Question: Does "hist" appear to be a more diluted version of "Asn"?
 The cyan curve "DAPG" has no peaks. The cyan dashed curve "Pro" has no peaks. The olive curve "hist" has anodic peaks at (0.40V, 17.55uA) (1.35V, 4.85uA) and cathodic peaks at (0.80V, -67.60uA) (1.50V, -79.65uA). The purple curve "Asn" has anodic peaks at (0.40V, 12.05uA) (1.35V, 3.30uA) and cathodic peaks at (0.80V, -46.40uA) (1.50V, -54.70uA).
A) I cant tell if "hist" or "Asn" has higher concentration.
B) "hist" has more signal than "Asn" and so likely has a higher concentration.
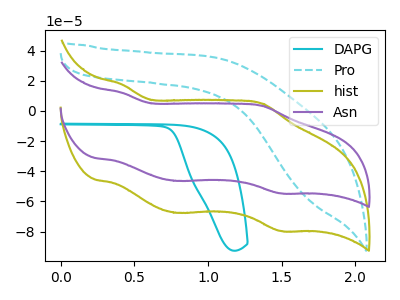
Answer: <think>All the peaks in "hist" have a peak in "Asn" at the same potential. Every peak in "hist" is higher than every peak in "Asn".
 </think>
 <answer>B) "hist" has more signal than "Asn" and so likely has a higher concentration.</answer>
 <eval>B</eval>